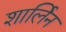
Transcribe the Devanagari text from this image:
शार्लिन